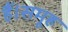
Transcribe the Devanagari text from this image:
हैं।समूह